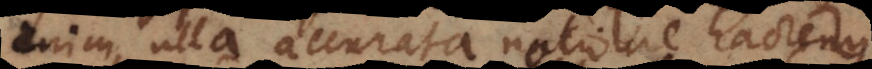
enim ulla accurata notione hactenus